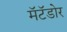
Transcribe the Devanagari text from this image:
मॅटॅडोर